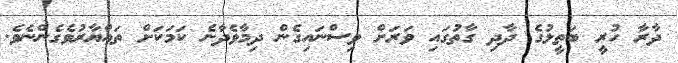
ދާރާ ހުރީ ބަތީލުގެ ދާދި ގާތުގައި ވަރަށް ވިސްނައިގެން ދިމާވެދާނެ ކަމަކަށް ތައްޔާރުވެގެންނެވެ.